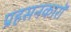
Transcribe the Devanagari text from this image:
प्रहसनकारों